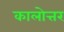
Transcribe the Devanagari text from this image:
कालोत्तर